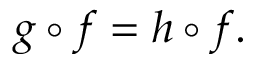
g \circ f = h \circ f .